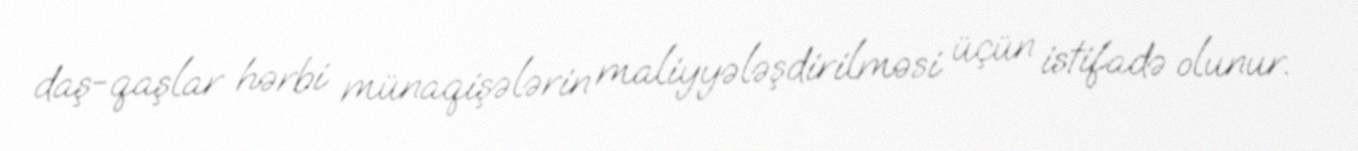
daş-qaşlar hərbi münaqişələrin maliyyələşdirilməsi üçün istifadə olunur.